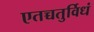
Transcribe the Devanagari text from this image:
एतच्चतुर्विधं